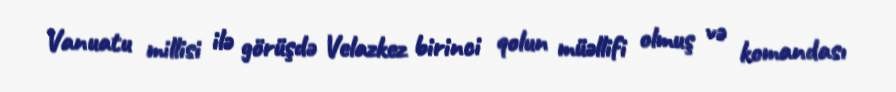
Vanuatu millisi ilə görüşdə Velazkez birinci qolun müəllifi olmuş və komandası